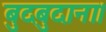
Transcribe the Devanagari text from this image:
बुदबुदाना।